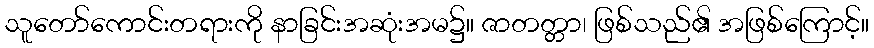
သူတော်ကောင်းတရားကို နာခြင်းအဆုံးအမ၌။ ဇာတတ္တာ၊ ဖြစ်သည်၏ အဖြစ်ကြောင့်။